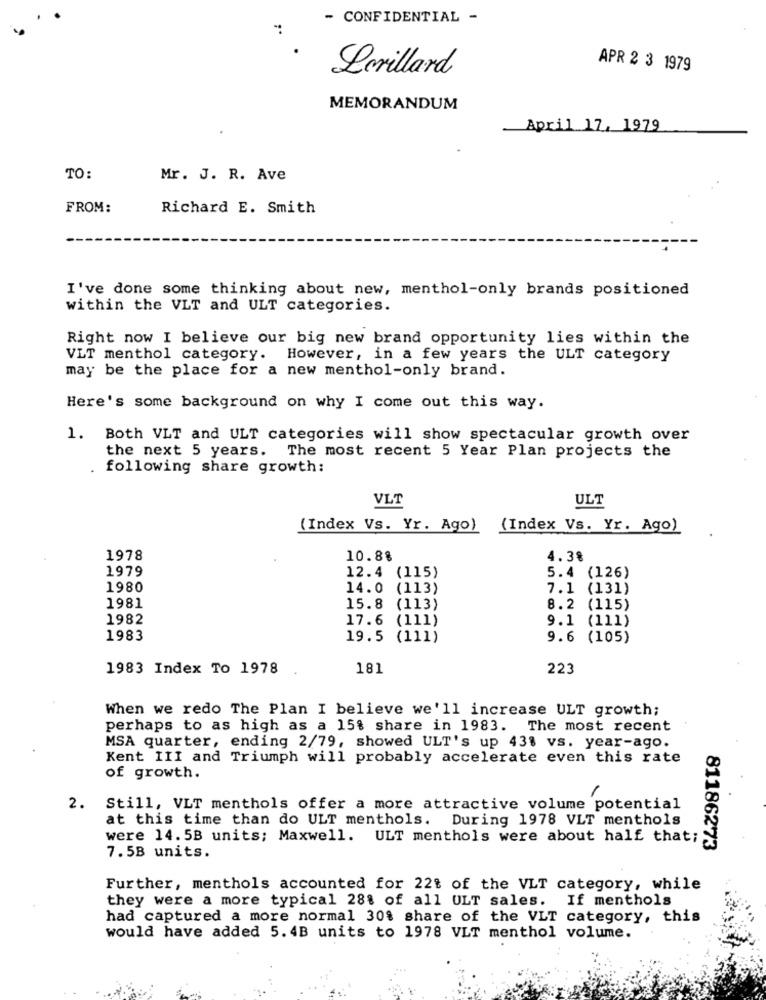
- CONFIDENTIAL -
APR 2 3 1979
Levillard
MEMORANDUM
April 17, 1979
TO:
Mr. J. R. Ave
FROM:
Richard E. Smith
I've done some thinking about new, menthol-only brands positioned
within the VLT and ULT categories.
Right now I believe our big new brand opportunity lies within the
VLT menthol category. However, in a few years the ULT category
may be the place for a new menthol-only brand.
Here's some background on why I come out this way.
1. Both VLT and ULT categories will show spectacular growth over
the next 5 years. The most recent 5 Year Plan projects the
following share growth:
VLT
ULT
(Index Vs. Yr. Ago) (Index Vs. Yr. Ago)
1978
10.8%
4.38
1979
12.4
(115)
5.4
(126)
1980
14.0
(113)
7.1 (131)
1981
15.8
(113)
8.2 (115)
1982
17.6
(111)
9.1 (111)
1983
19.5
(111)
9.6 (105)
1983 Index To 1978
18]
223
When we redo The Plan I believe we'll increase ULT growth;
perhaps to as high as a 15% share in 1983. The most recent
MSA quarter, ending 2/79, showed ULT's up 43% vs. year-ago.
Kent III and Triumph will probably accelerate even this rate
of growth.
-
2.
Still, VLT menthols offer a more attractive volume potential
at this time than do ULT menthols. During 1978 VLT menthols
were 14. 5B units; Maxwell. ULT menthols were about half that;
81186273
7.58 units.
Further, menthols accounted for 22% of the VLT category, while
they were a more typical 28% of all ULT sales. If menthols
had captured a more normal 30% share of the VLT category, this
would have added 5.4B units to 1978 VLT menthol volume.